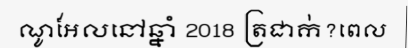
ណូអែលនៅឆ្នាំ 2018 ត្រជាក់?ពេល